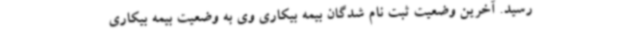
رسید. آخرین وضعیت ثبت نام شدگان بیمه بیکاری وی به وضعیت بیمه بیکاری